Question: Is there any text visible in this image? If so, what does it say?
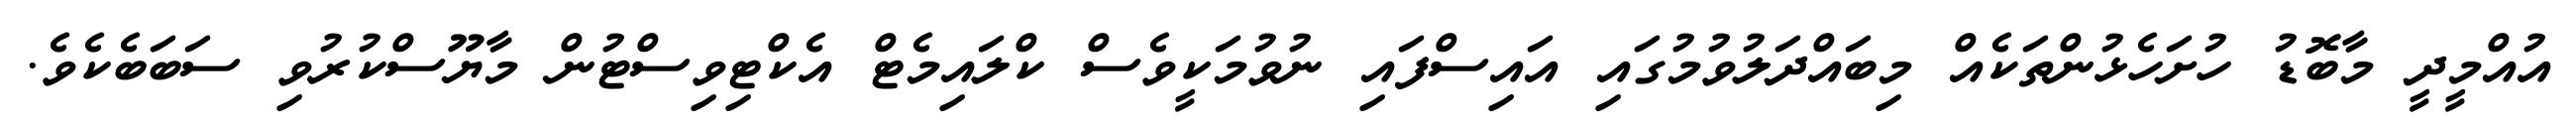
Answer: އުއްމީދީ މާބޮޑު ހުށަހެޅުންތަކެއް މިބައްދަލުވުމުގައި އައިސްފައި ނުވުމަކީވެސް ކްލައިމެޓް އެކްޓިވިސްޓުން މާޔޫސްކުރުވި ސަބަބެކެވެ.